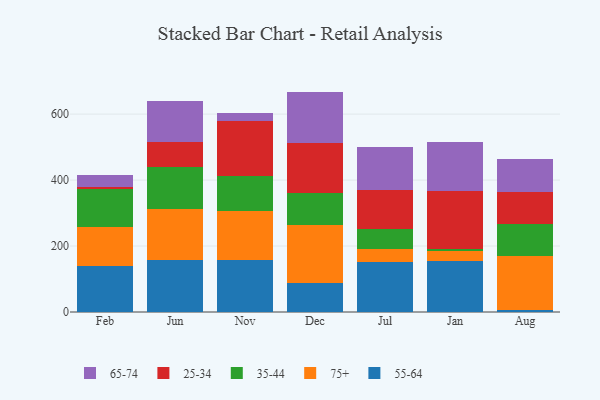
{"axis": {"x": "Month", "y": "Backlog"}, "legend": ["25-34", "35-44", "55-64", "65-74", "75+"], "data": [{"x": "Feb", "y": 139.9, "type": "55-64"}, {"x": "Feb", "y": 118.3, "type": "75+"}, {"x": "Feb", "y": 115.0, "type": "35-44"}, {"x": "Feb", "y": 7.0, "type": "25-34"}, {"x": "Feb", "y": 35.8, "type": "65-74"}, {"x": "Jun", "y": 156.6, "type": "55-64"}, {"x": "Jun", "y": 155.0, "type": "75+"}, {"x": "Jun", "y": 128.1, "type": "35-44"}, {"x": "Jun", "y": 76.7, "type": "25-34"}, {"x": "Jun", "y": 122.2, "type": "65-74"}, {"x": "Nov", "y": 158.6, "type": "55-64"}, {"x": "Nov", "y": 148.5, "type": "75+"}, {"x": "Nov", "y": 104.2, "type": "35-44"}, {"x": "Nov", "y": 169.1, "type": "25-34"}, {"x": "Nov", "y": 24.1, "type": "65-74"}, {"x": "Dec", "y": 87.4, "type": "55-64"}, {"x": "Dec", "y": 177.5, "type": "75+"}, {"x": "Dec", "y": 95.4, "type": "35-44"}, {"x": "Dec", "y": 152.4, "type": "25-34"}, {"x": "Dec", "y": 155.6, "type": "65-74"}, {"x": "Jul", "y": 152.9, "type": "55-64"}, {"x": "Jul", "y": 36.9, "type": "75+"}, {"x": "Jul", "y": 62.7, "type": "35-44"}, {"x": "Jul", "y": 118.4, "type": "25-34"}, {"x": "Jul", "y": 128.0, "type": "65-74"}, {"x": "Jan", "y": 153.5, "type": "55-64"}, {"x": "Jan", "y": 31.2, "type": "75+"}, {"x": "Jan", "y": 5.1, "type": "35-44"}, {"x": "Jan", "y": 177.6, "type": "25-34"}, {"x": "Jan", "y": 149.2, "type": "65-74"}, {"x": "Aug", "y": 5.6, "type": "55-64"}, {"x": "Aug", "y": 165.7, "type": "75+"}, {"x": "Aug", "y": 94.8, "type": "35-44"}, {"x": "Aug", "y": 98.4, "type": "25-34"}, {"x": "Aug", "y": 99.6, "type": "65-74"}]}